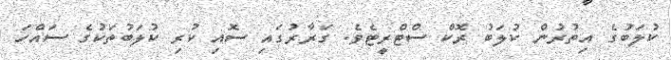
ކުލަބުގެ އިތުރުން ކުލަބު ރޮކް ސްޓްރީޓެވެ. ގަރާރުގައި ސޮއި ކުރި ކުލަބުތަކުގެ ސައްހަ